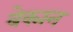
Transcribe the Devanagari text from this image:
बेक्मन